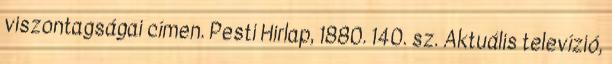
viszontagságai címen. Pesti Hirlap, 1880. 140. sz. Aktuális televízió,